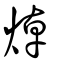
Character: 焯